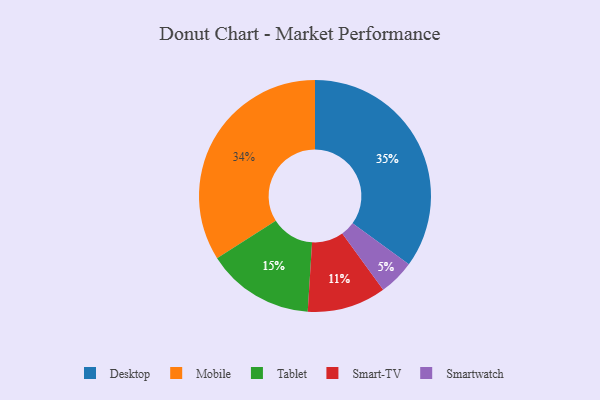
{"axis": {"x": "Category", "y": "Percentage"}, "legend": ["Desktop", "Mobile", "Smart-TV", "Smartwatch", "Tablet"], "data": [{"x": "Mobile", "y": 34, "type": "Mobile"}, {"x": "Smart-TV", "y": 11, "type": "Smart-TV"}, {"x": "Smartwatch", "y": 5, "type": "Smartwatch"}, {"x": "Desktop", "y": 35, "type": "Desktop"}, {"x": "Tablet", "y": 15, "type": "Tablet"}]}